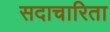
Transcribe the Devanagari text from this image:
सदाचारिता